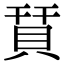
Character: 𧵭